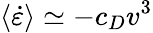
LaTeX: \langle\dot{\varepsilon}\rangle\simeq-c_{D}v^{3}